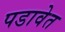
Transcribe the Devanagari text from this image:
पडावेत